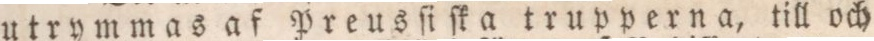
utrymmas af Preusſiſka trupperna, till och